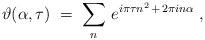
LaTeX: \begin{align*}\vartheta (\alpha , \tau) \;=\; \sum_n \, e^{ i \pi \tau n^2 \,+\,2 \pi i n \alpha} \;,\end{align*}